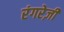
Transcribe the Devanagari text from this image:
रंगरेज़ी